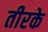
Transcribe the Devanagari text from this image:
तीरके